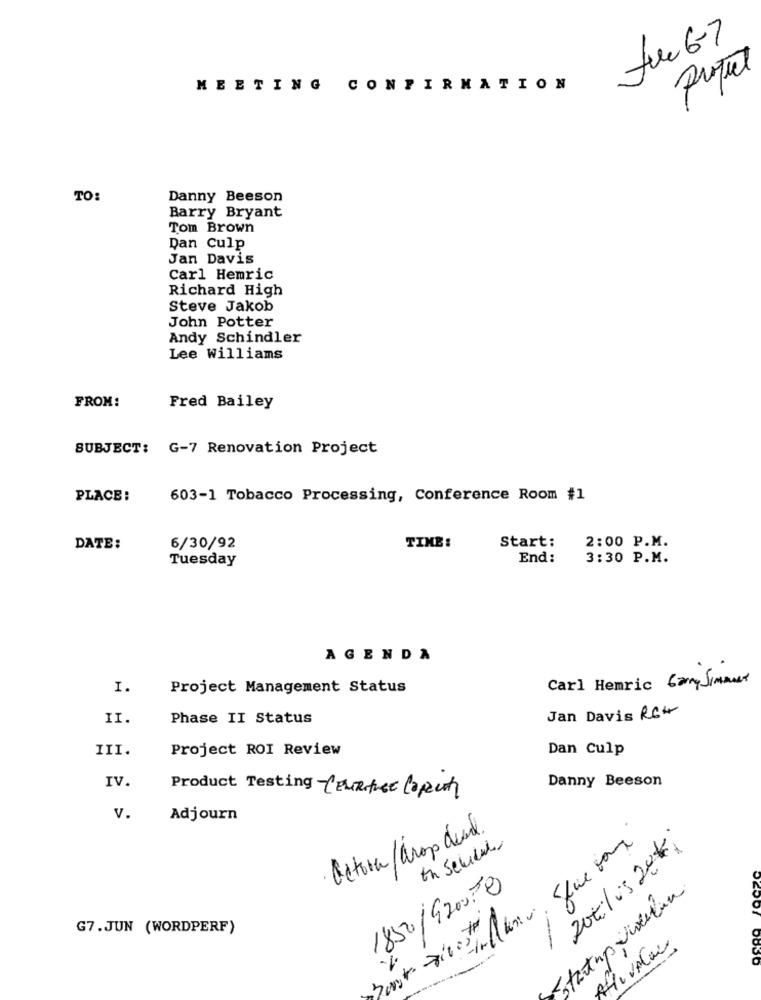
fue 6-7
Project
MEETING CONFIRMATION
TO:
Danny Beeson
Barry Bryant
Tom Brown
Dan Culp
Jan Davis
Carl Hemric
Richard High
Steve Jakob
John Potter
Andy Schindler
Lee Williams
FROM:
Fred Bailey
SUBJECT: G-7 Renovation Project
PLACE:
603-1 Tobacco Processing, Conference Room #1
DATE:
6/30/92
TIME :
Start:
2:00 P.M.
Tuesday
End:
3:30 P.M.
AGENDA
Carl Hemric Carry Simmmet
I.
Project Management Status
II.
Phase II Status
Jan Davis RG4
III.
Project ROI Review
Dan Culp
IV.
Danny Beeson
Product Testing - Cenature Lopen
v.
Adjourn
actora /drop dead.
200: / us 20#
1850/920030
startup wellun
G7.JUN (WORDPERF)
-